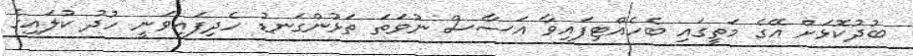
ބުދުކޮޅަށް އޭގެ މަތީގައި ބެހެއްޓިފައިވާ އަސާސް ނުވަތަ ތަޅުންގަނޑު ހެދިފައިވަނީ ހުދު ކުލައިގެ